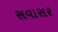
સવાસર